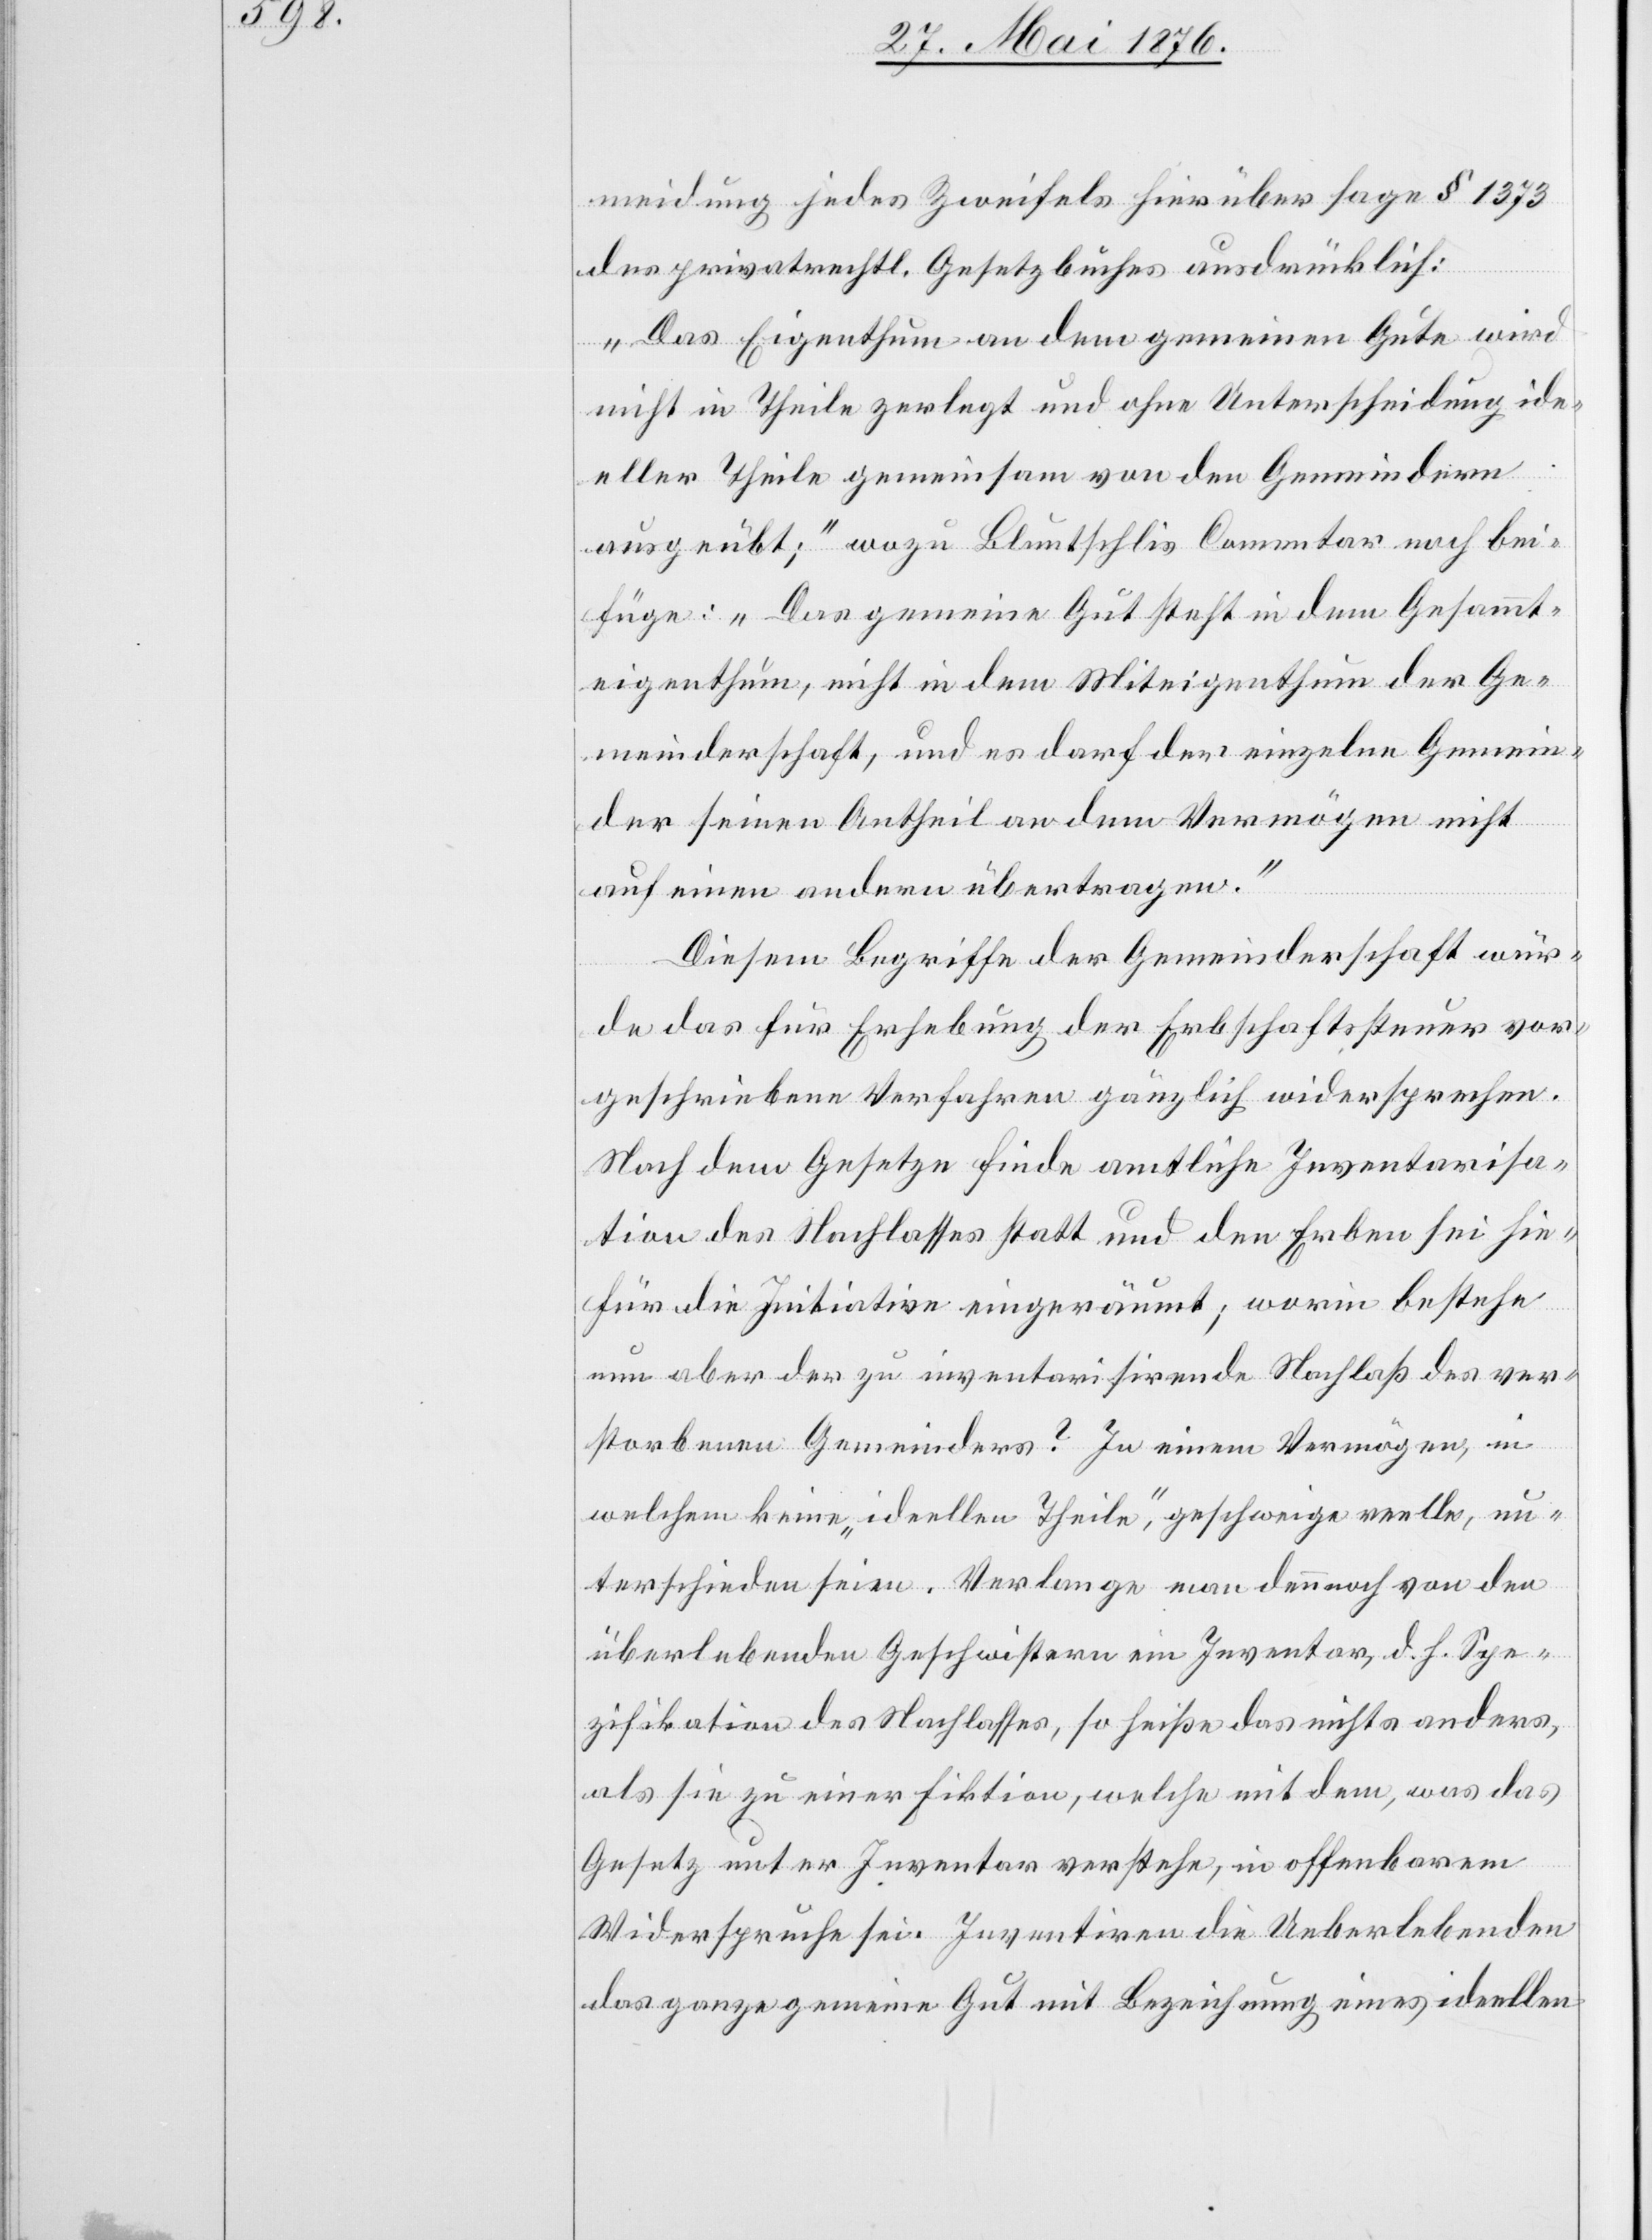
meidung jedes Zweifels hierüber sage § 1373
des privatrechtl. Gesetzbuches ausdrücklich:
„Das Eigenthum an dem gemeinen Gute wird
nicht in Theile zerlegt und ohne Unterscheidung ide¬
eller Theile gemeinsam von den Gemeindern
ausgeübt;“ wozu Bluntschlis Commentar noch bei
füge: „Das gemeine Gut steht in dem Gesammt¬
eigenthum, nicht in dem Miteigenthum der Ge¬
meinderschaft, und es darf der einzelne Gemein¬
der seinen Antheil an dem Vermögen nicht
auf einen andern übertragen.“
Diesem Begriffe der Gemeinderschaft wür¬
de das für Erhebung der Erbschaftssteuer vor¬
geschriebene Verfahren gänzlich widersprechen.
Nach dem Gesetze finde amtliche Inventarisa¬
tion des Nachlasses statt und den Erben sei hie¬
für die Initiative eingeräumt; worin bestehe
nun aber der zu inventarisirende Nachlaß des ver¬
storbenen Gemeinders? In einem Vermögen, in
welchem keine „ideellen Theile“, geschweige reelle, un¬
terschieden seien. Verlange man dennoch von den
überlebenden Geschwistern ein Inventar, d. h. Spe¬
zifikation des Nachlasses, so heiße das nichts anders,
als sie zu einer Fiktion, welche mit dem, was das
Gesetz unter Inventar verstehe, in offenbarem
Widerspruche sei. Inventiren die Ueberlebenden
das ganze gemeine Gut mit Bezeichnung eines ideellen